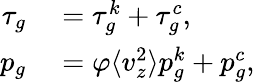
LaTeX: \begin{array}{rl}{\tau_{g}}&{{}=\tau_{g}^{k}+\tau_{g}^{c},}\\ {p_{g}}&{{}=\varphi\langle v_{z}^{2}\rangle p_{g}^{k}+p_{g}^{c},}\end{array}